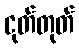
ငုတ်တုတ်